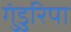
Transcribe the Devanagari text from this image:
गुंडुरिपा